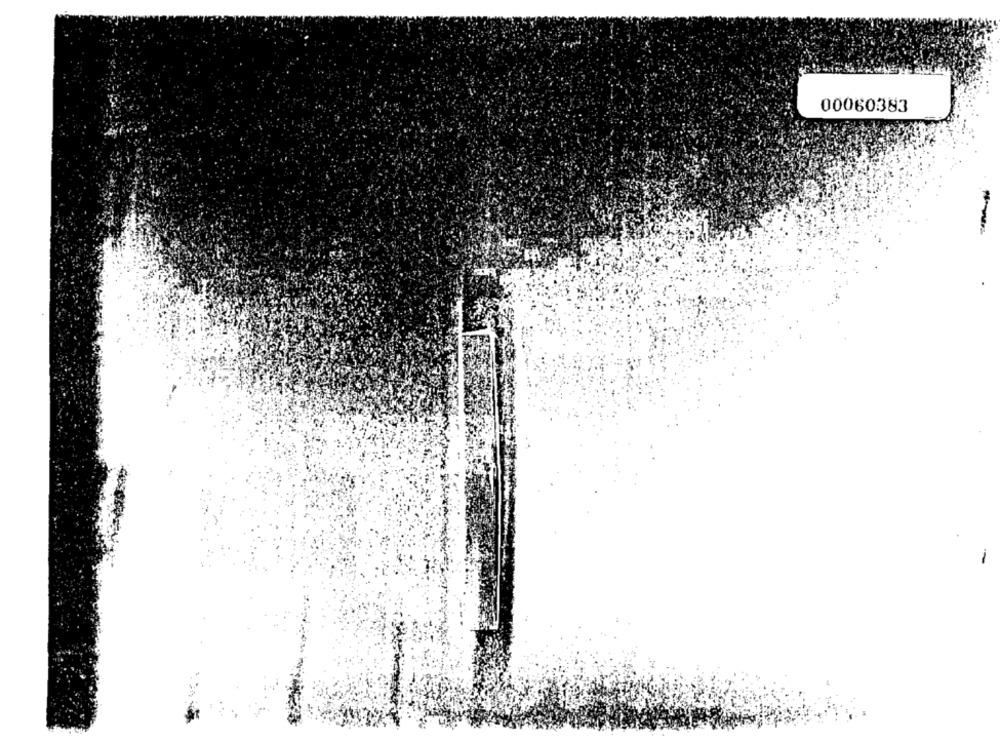
00060383